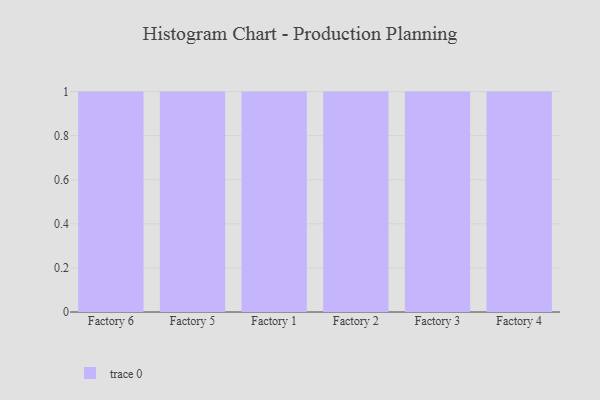
{"axis": {"x": "Factory", "y": "Customer Acquisition Cost (USD)"}, "legend": [""], "data": [{"x": "Factory 6", "y": 84, "type": ""}, {"x": "Factory 5", "y": 24, "type": ""}, {"x": "Factory 1", "y": 64, "type": ""}, {"x": "Factory 2", "y": 69, "type": ""}, {"x": "Factory 3", "y": 34, "type": ""}, {"x": "Factory 4", "y": 23, "type": ""}]}